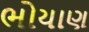
ભોયાણ